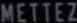
METTEZ